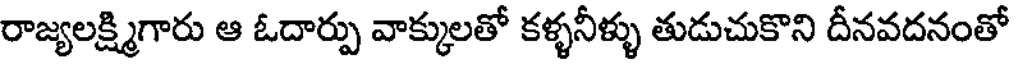
రాజ్యలక్ష్మిగారు ఆ ఓదార్పు వాక్కులతో కళ్ళనీళ్ళు తుడుచుకొని దీనవదనంతో